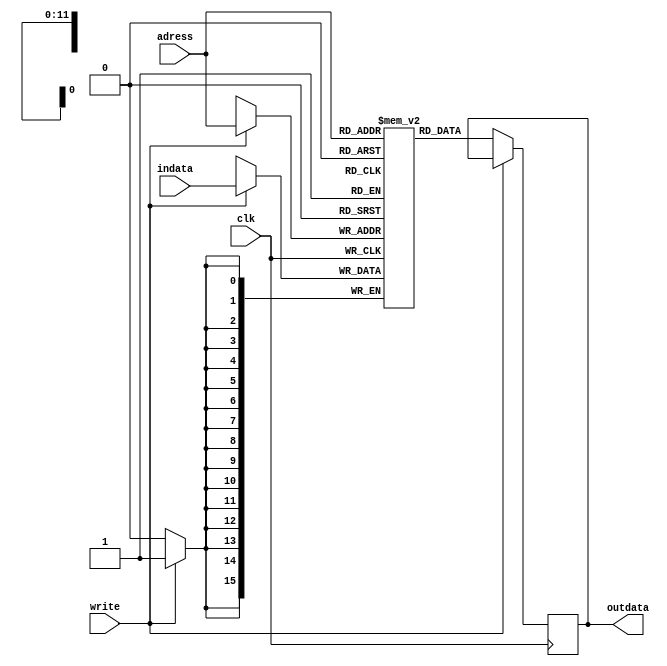
`timescale 1ns / 1ps
//////////////////////////////////////////////////////////////////////////////////
// Company: Ceng232 Summer Project
// 
//
// Revision: 
// Revision 0.01 - File Created
// Additional Comments: This is the main memory of the Basic Computer. It holds both instructions and the data.
//
//	WARNING: Unlike most other modules, this is written with behavioral modelling, not with dataflow modelling.
//
//	Initially, I had defined a memory consisting of 4096 lines of 16-bit registers. This is quite simple
// and can be defined as: reg [15:0] memory [0:4095]
//
//	But Basys 2 Spartan 3-E FPGA has two types of RAM: Distributed RAM and Block RAM. When you define a memory as in the
//	above, you are using the Distributed RAM. The problem is, Distributed RAM is quite small (compared to
// Block RAM) and 4096 lines of 16-bit register do not fit in. When I tried, I saw the maximum I can put it
//	this basic computer is close to 2200 lines. If you do not need a very large memory, you can go on with this.
//	The commented part between lines 38-41 use such an approach. 
//
//	The better and more complex approach is to use the Block RAM. In ISE Project Navigator 12.4 that I use,
// this can be done via Block RAM generator. Lines 43-49 describe the Block RAM created by the generator
//	and lines 60-67 describe operations on this memory.
// 
//	If you are intersted in this issue you can take a look at this Xilinx documentation about Block RAM:
//	https://www.xilinx.com/support/documentation/application_notes/xapp463.pdf
//
//////////////////////////////////////////////////////////////////////////////////
module memory(
    input [11:0] adress,
    input write,
    input [15:0] indata,
	 input clk,
    output reg [15:0] outdata
    );

/*reg [15:0] memory [0:2190];		
//This was [0:4095], but had to be downsized because such a large memory did not fit into the distributed RAM
//blocks of Basys 2-Spartan 3-E. I found another solution usnig Block RAM area to implement a 
//[0:4095] sized memory, but if a small memory is not a problem, this can be used without problems as well.*/
												
	  parameter RAM_WIDTH = 16;
   parameter RAM_ADDR_BITS = 12;
   
   (* RAM_STYLE="{AUTO | BLOCK |  BLOCK_POWER1 | BLOCK_POWER2}" *)
	
   reg [RAM_WIDTH-1:0] memory [0:(2**RAM_ADDR_BITS)-1];

	assign ram_enable=1;
	



   //  The following code is only necessary if you wish to initialize the RAM 
   //  contents via an external file (use $readmemb for binary data) (for example, if you want to install a program)
  /* initial
      $readmemh("<data_file_name>", <rom_name>, <begin_address>, <end_address>);*/

   always @(posedge clk)
			begin
				if (write)
					memory[adress] <= indata;
					//outdata <=memory[adress];
				else
					outdata <=memory[adress];
			end
		
											
	
				
endmodule